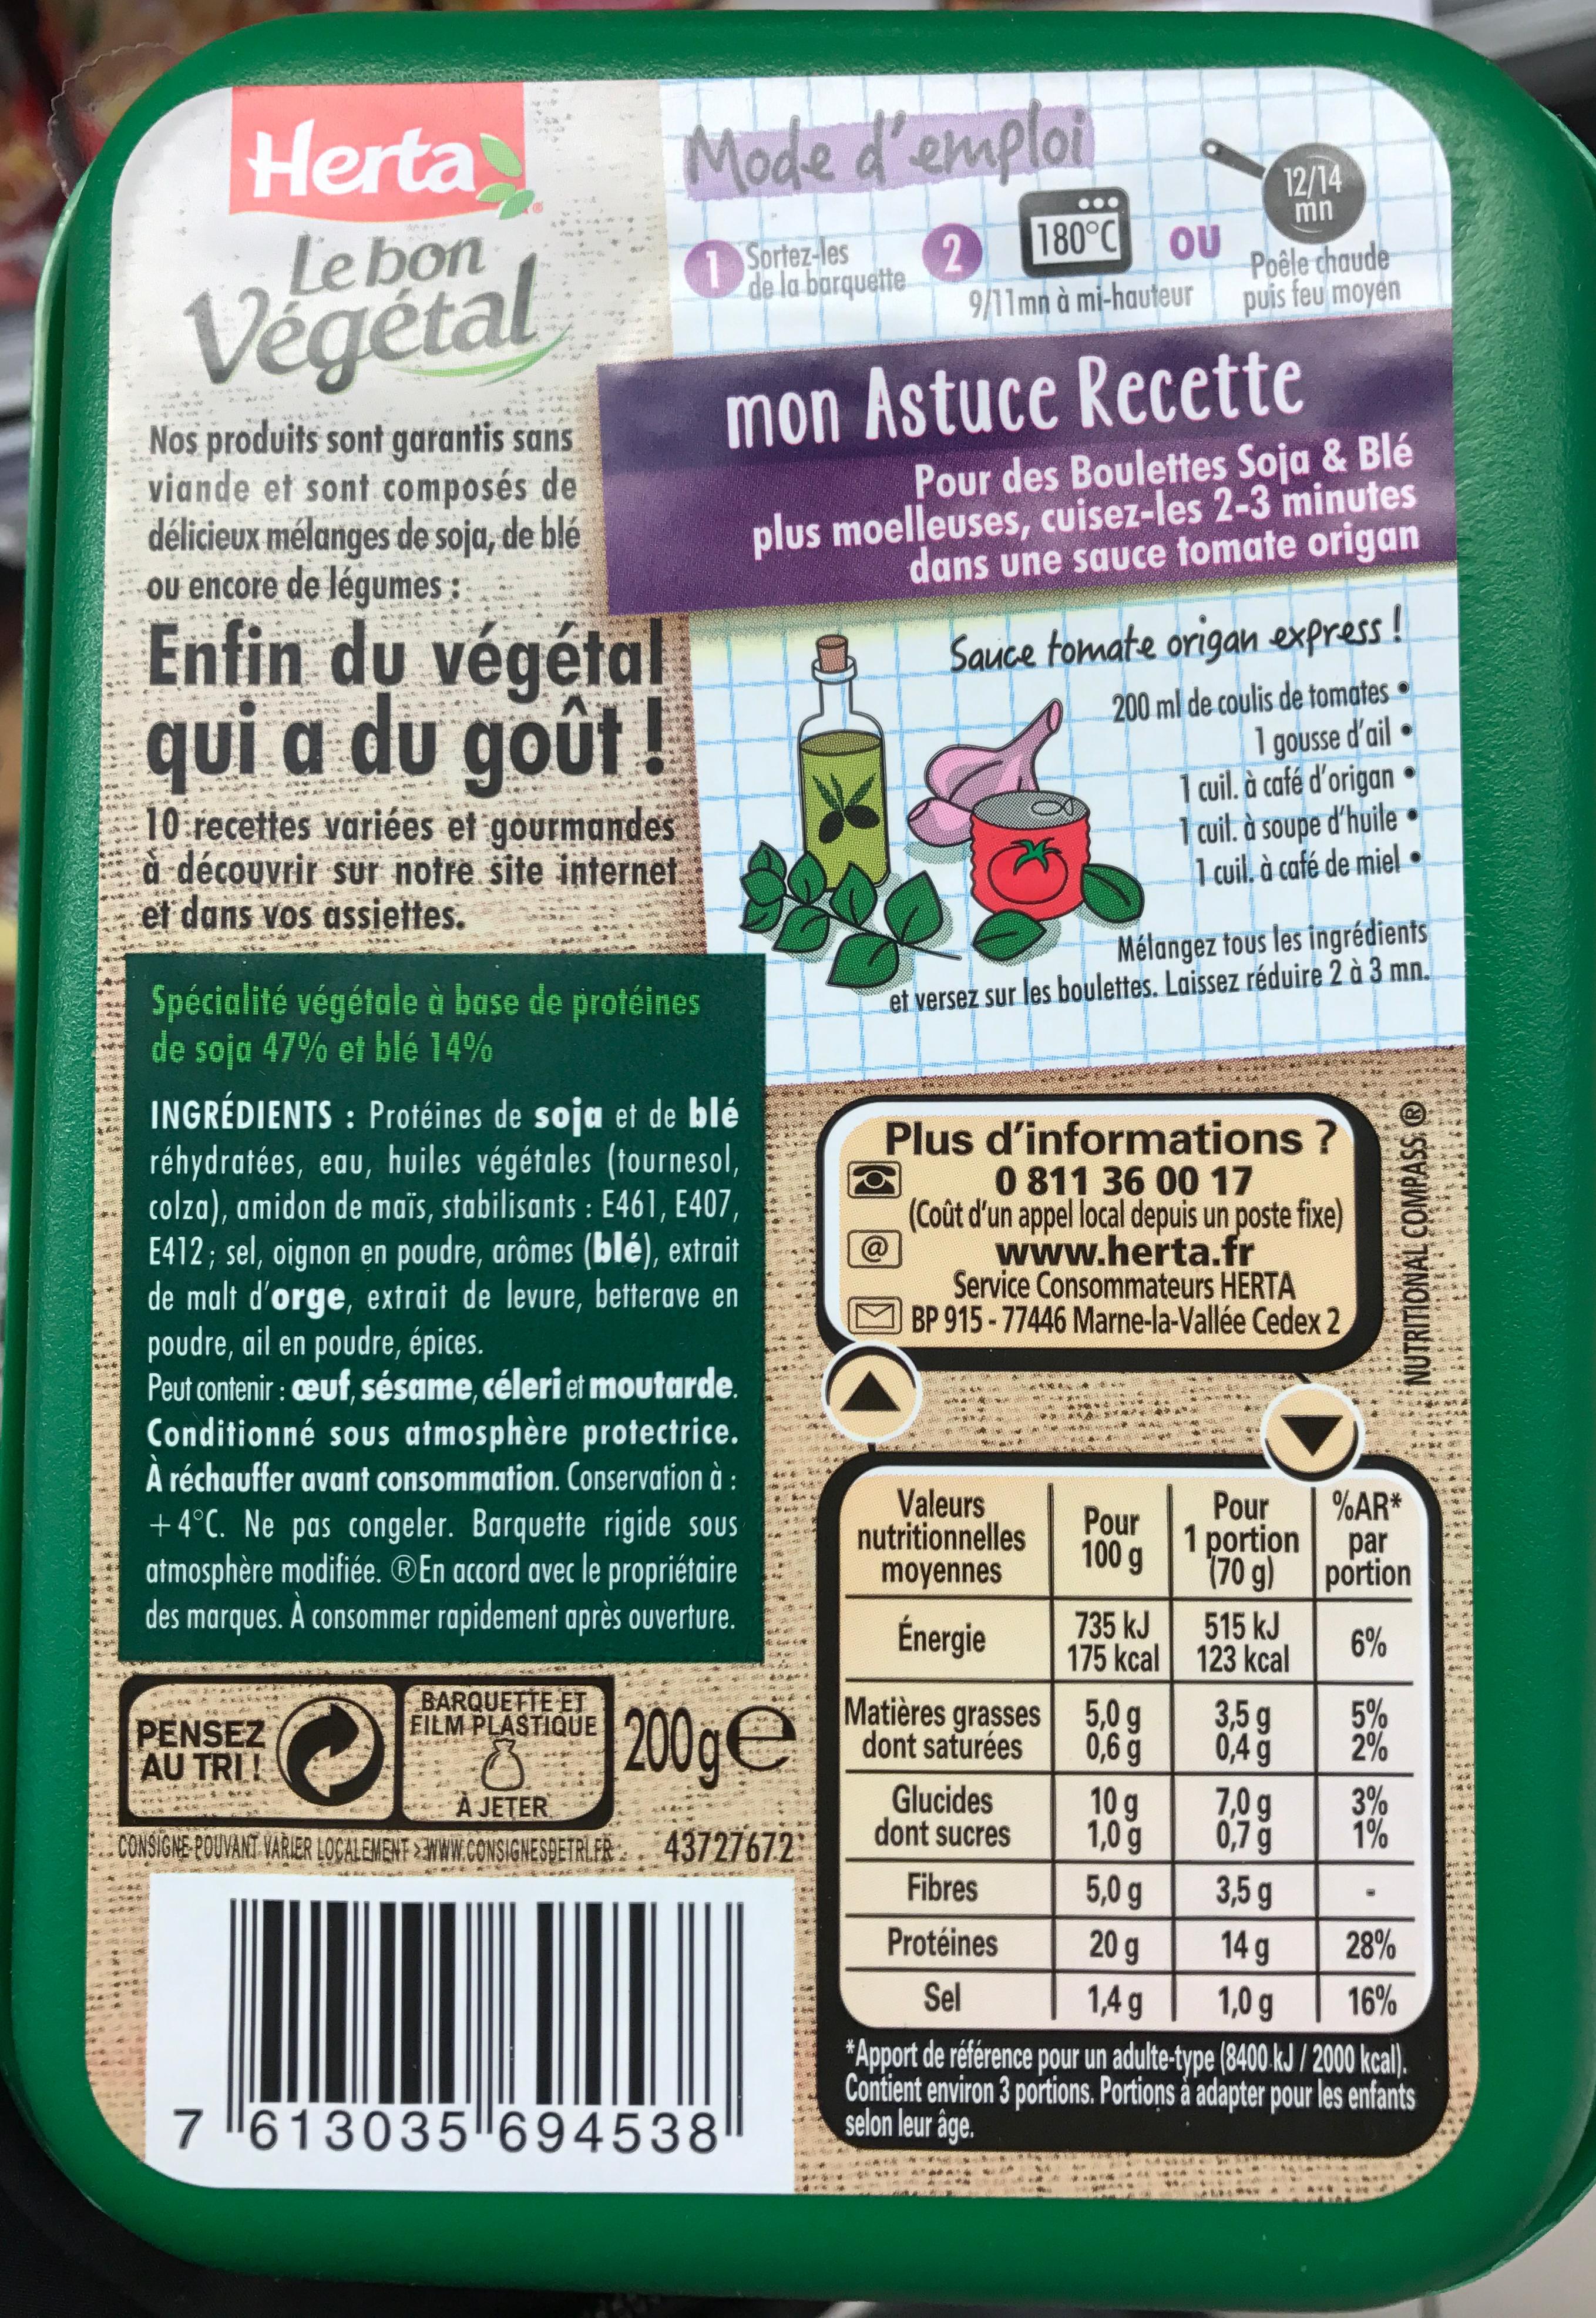
Herta
Mode d'emploi
12/14 mn
180°C OU
Le bon
1 Sortez-les e la barquette
2. 9/11mn à mi-hauteur
Poêle chaude puis feu moyen
Végétal
mon Astuce Recette
Nos produits sont garantis sans viande et sont composés de délicieux mélanges de soja, de blé Ou encore de légumes
Pour des Boulettes Soja & Blé plus moelleuses, cuisez-les 2-3 minutes dans une sauce tomate origan
Enfin du végétal qui a du goût !
Sauce tomate origan express!
200 ml de coulis de tomates 1
gousse d'ail | cuil. à café d'origan 1 uit. à soupe d'huile 1 cil, à café de miel
10 recettes variées et gourmandes à découvrir sur notre site internet et dans vos assiettes.
১
Mélangez tous les ingrédients
Spécialité végétale à base de protéines de soja 47% et blé 14%
et versez sur les boulettes. Laissez réduire 2 à 3 mn.
INGRÉDIENTS : Protéines de soja et de blé réhydratées, eau, huiles végétales (tournesol, colza), amidon de maïs, stabilisants : E461, E407, E412; sel, oignon en poudre, arômes (blé), extrait de malt d'orge, extrait de levure, betterave en poudre, ail en poudre, épices. Peut contenir : euf, sésame, céleri et moutarde. Conditionné sous atmosphère protectrice. À réchauffer avant consommation. Conservation à : +4°C. Ne pas congeler. Barquette rigide sous atmosphère modifiée. ®En accord avec le propriétaire des marques. A consommer rapidement après ouverture.
Plus d'informations ? 0 811 36 00 17 (Coût d'un appel local depuis un poste fixe) www.herta.fr Service Consommateurs HERTA BP 915 - 77446 Marne-la-Vallée Cedex 2
Valeurs nutritionnelles
Pour 1 portion par (70 g) portion
%AR*
Pour 100 g
moyennes
À
Énergie
735 kJ
515 kJ
6%
175 kcal 123 kcal
BARQUETTE ET EILM PLASTIQUE
200ge
Matières grasses 5,0 g dont saturées
3,5 g
5% 2%
**
PENSEZ AU TRI !
0,6 g
Glucides dont sucres
10 g 1,0 g
0,4 g 7,0 g 0,7 g
3% 1%
À JETER
CONSIGNE POUVANT VARIER LOCALEMENT WWW.CONSIGNESDETRL.FR: . 43727672
Fibres
5,0 g
3,5 g
Protéines
20 g
14 g
28%
Sel
1,4 g
1,0 g
16%
*Apport de référence pour un adulte-type (8400 kJ / 2000 kcal). Contient environ 3 portions. Portions å adapter pour les enfants selon leur âge.
7 613035694538
NUTRITIONAL COMPASS, ®